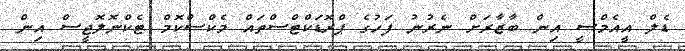
ޑެލް އީއެމްސީ އިން ބާޒާރަށް ނެރުނު ފަހުގެ ޕްރޮޑަކްޓްސްތައް މެކްސްކޮމް ޓެކްނޮލޮޖީސް އިން